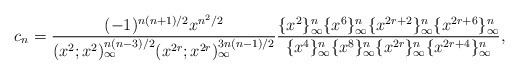
\begin{align*}c_n =\frac{(-1)^{n(n+1)/2}x^{n^2/2}}{(x^2 ; x^2 )_\infty^{n(n-3)/2}(x^{2r}; x^{2r})_\infty^{3n(n-1)/2}}\frac{\{ x^2 \}_\infty^n \{ x^6 \}_\infty^n\{ x^{2r+2} \}_\infty^n \{ x^{2r+6} \}_\infty^n}{\{ x^4 \}_\infty^n \{ x^8 \}_\infty^n\{ x^{2r} \}_\infty^n \{ x^{2r+4} \}_\infty^n}, \end{align*}